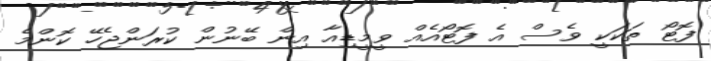
ފޮޓޯ ތަކަކީ ވެސް އެ ފޮޓޯއެއް ވީމީޑިއާ އިން ބޭނުން ކުރަންޖެހޭ ކޮންމެ